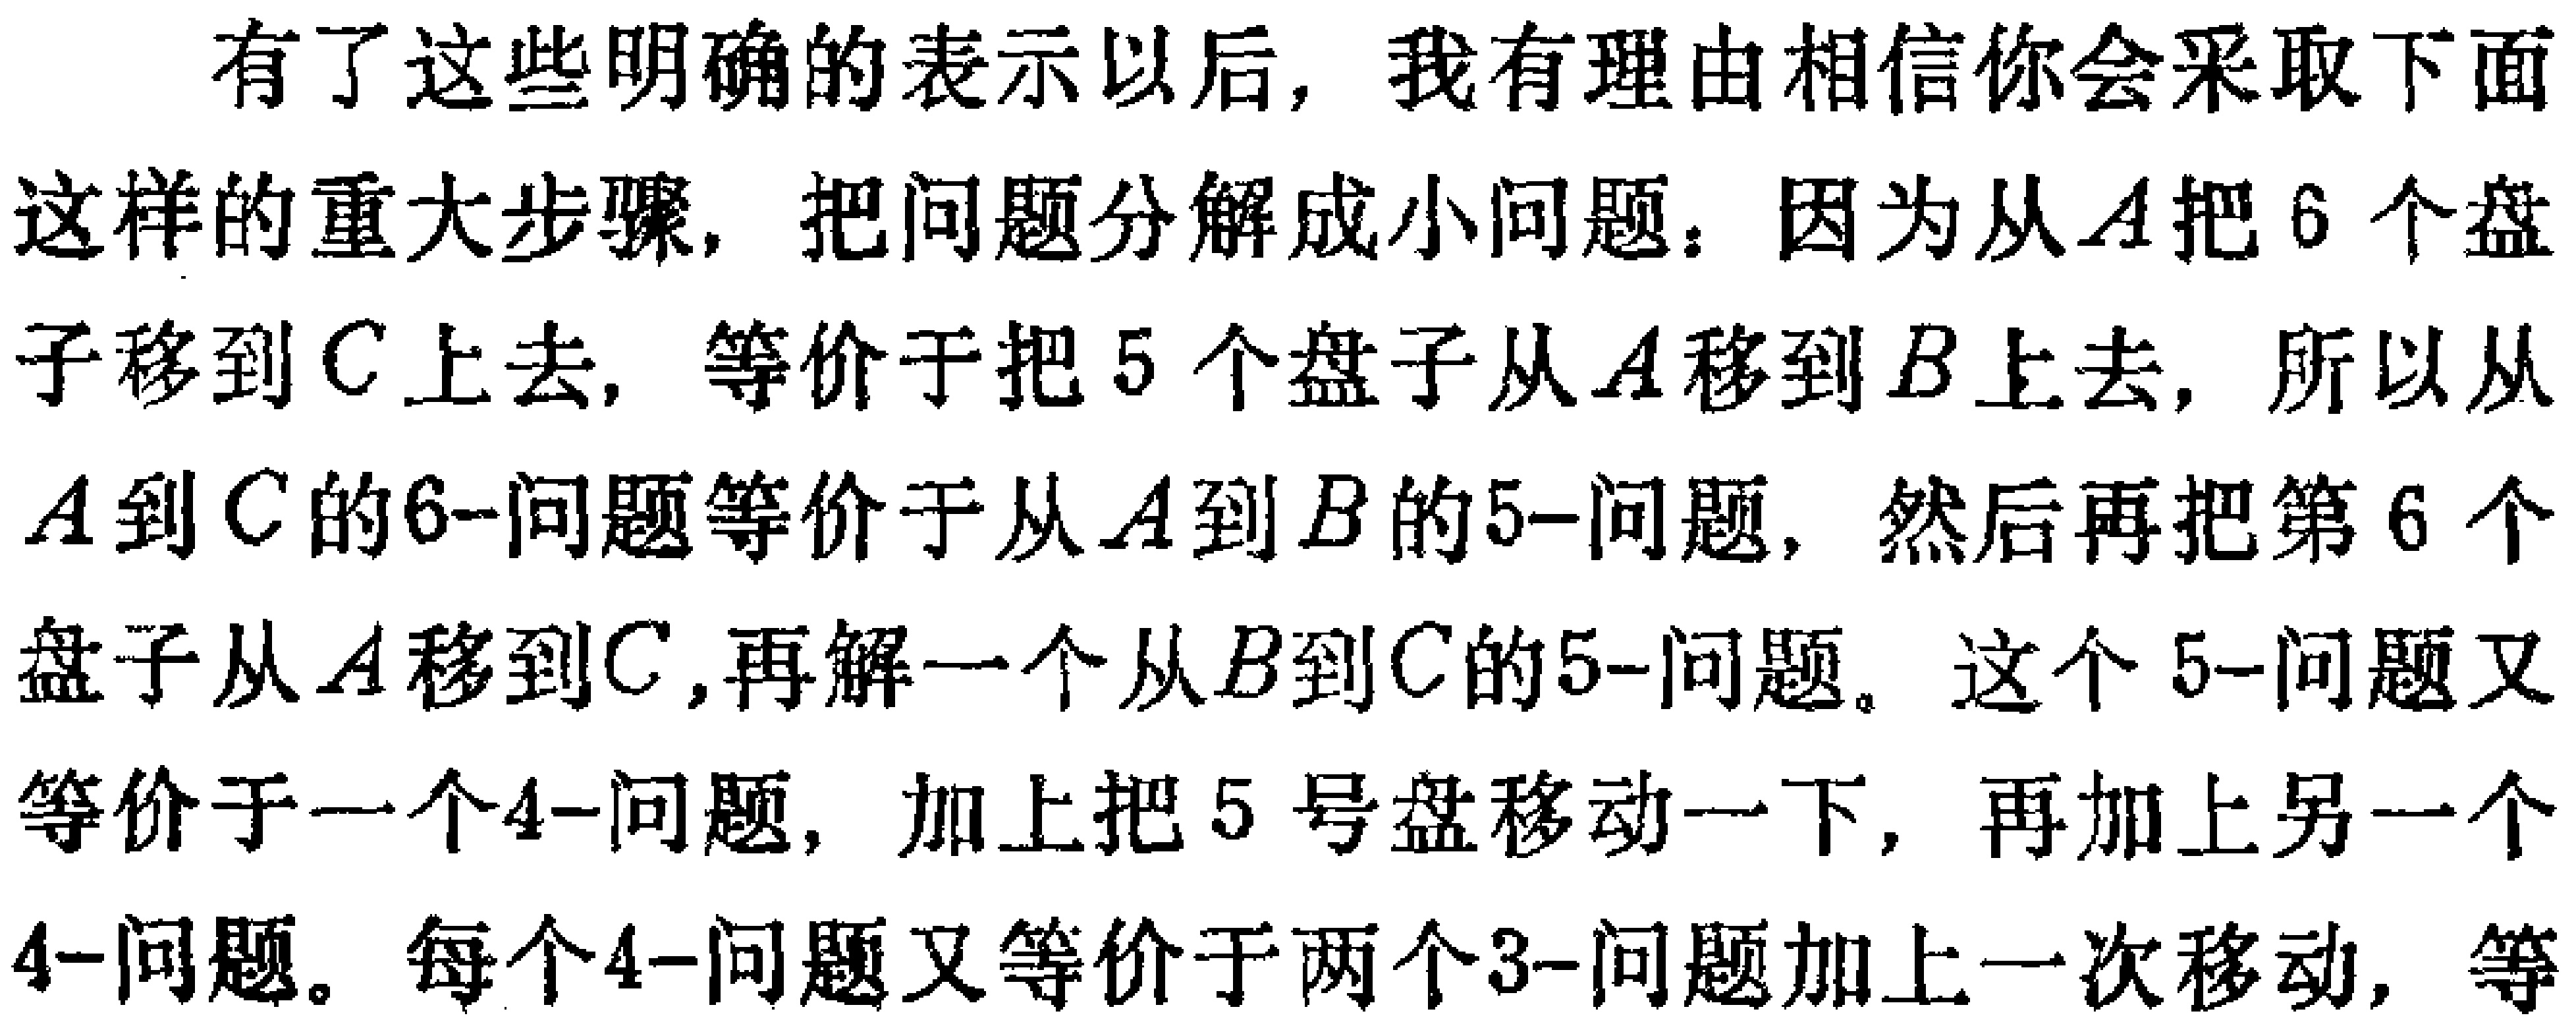
有了这些明确的表示以后，我有理由相信你会采取下面这样的重大步骤，把问题分解成小问题：因为从\(A\)把\(6\)个盘子移到\(C\)上去，等价于把\(5\)个盘子从\(A\)移到\(B\)上去，所以从\(A\)到\(C\)的\(6 -\)问题等价于从\(A\)到\(B\)的\(5 -\)问题，然后再把第\(6\)个盘子从\(A\)移到\(C\)，再解一个从\(B\)到\(C\)的\(5 -\)问题。这个\(5 -\)问题又等价于一个\(4 -\)问题，加上把\(5\)号盘移动一下，再加上另一个\(4 -\)问题。每个\(4 -\)问题又等价于两个\(3 -\)问题加上一次移动，等